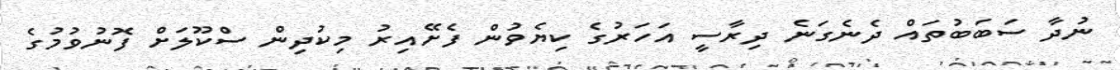
ނުދާ ސަބަބުތައް ދެނެގަނެ ދިރާސީ އަހަރުގެ ކިޔެވުން ފެށޭއިރު މިކުދިން ސްކޫލަށް ފޮނުވުމުގެ